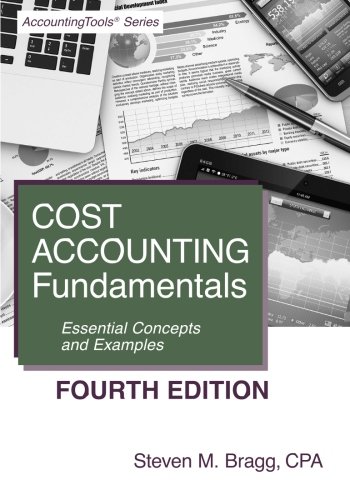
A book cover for Cost Accounting Fundamentals: Fourth Edition: Essential Concepts and Examples; Steven M. Bragg; Business & Money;